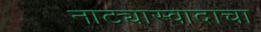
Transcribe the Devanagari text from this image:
नाट्यास्वादाचा